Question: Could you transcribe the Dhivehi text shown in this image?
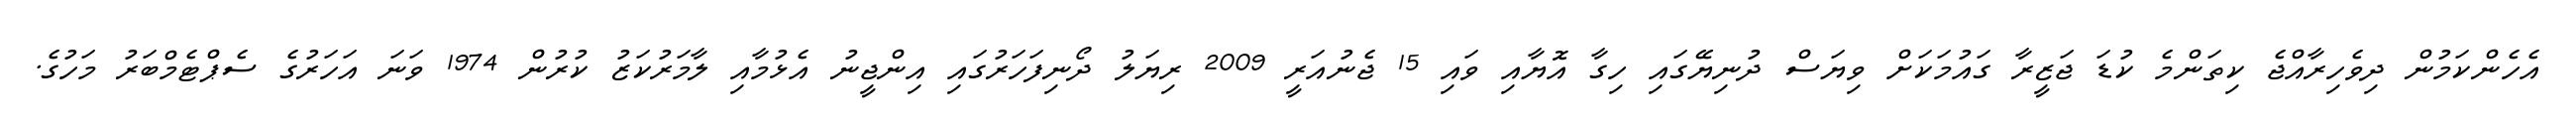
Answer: އެހެންކަމުން ދިވެހިރާއްޖެ ކިތަންމެ ކުޑަ ޖަޒީރާ ގައުމަކަށް ވިޔަސް ދުނިޔޭގައި ހިގާ އޮޔާއި ވައި 15 ޖެނުއަރީ 2009 ރިޔަލު ދޯނިފަހަރުގައި އިންޖީނު އެޅުމާއި ލާމަރުކަޒު ކުރުން 1974 ވަނަ އަހަރުގެ ސެޕްޓެމްބަރު މަހުގެ.